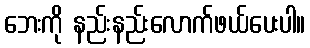
ဘေးကို နည်းနည်းလောက်ဖယ်ပေးပါ။